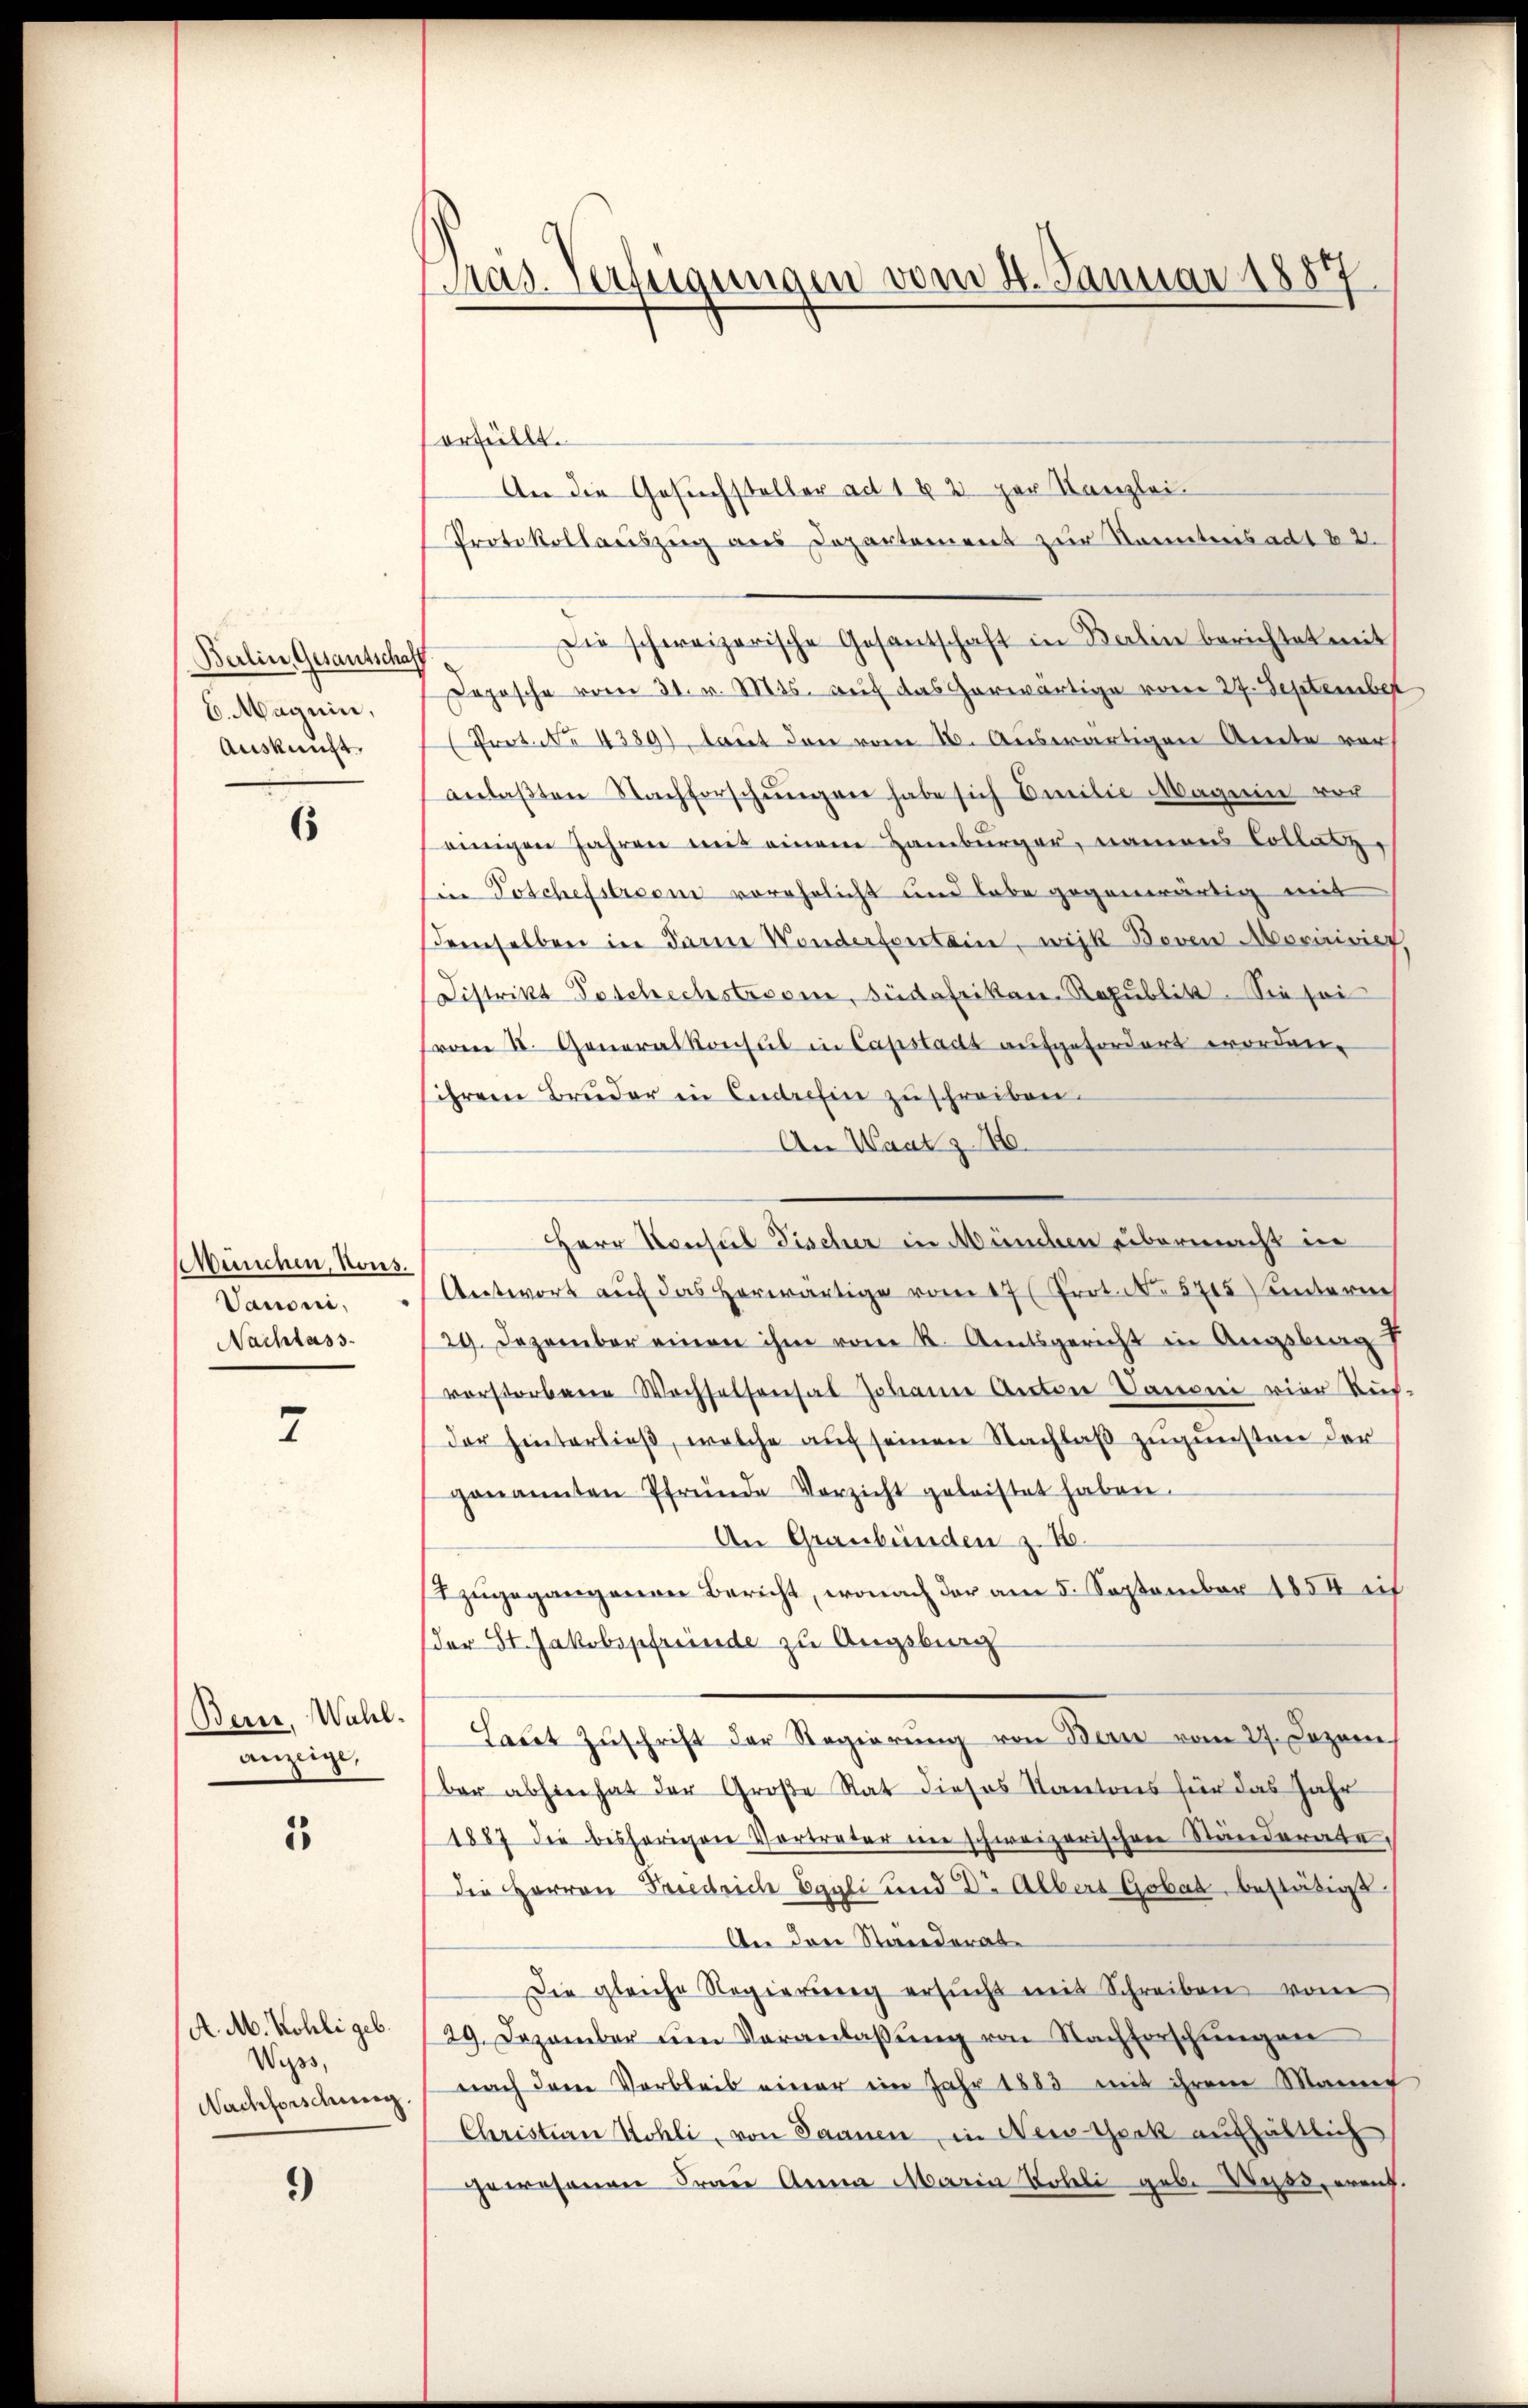
Berlin, Gesantschaf
6. Magnin,
Auskunft

6

München, Nous.
Vanoni,
Nachlass

7

Berne, Wahl.
anzeige,

1

A. M. Kohli geb.
Wipos,
Nachforschung

9)

Pras. Verfügungen vom 4. Januar 1887.

erfüllt.
An die Gesuchsteller alt 1 & 2 par Kanzlei.
Protokollauszug aus Departement zur Sonntens ad 182.
Die schweizerische Gesantschaft in Balin berichtet mit
Dopösche vom 31. v. Mts. auf das Gerwärtige vom 27. September
Prot. No 4389) laut den vom 16. Auswärtigen Amte vor
anlaβten Nachforschŭngen habe sich Emilie Magin vor
einigen Jahren mit einem Hamburger, namens Collatz,
in Poschefstreen verehelicht und habe gegenwärtig mit
demselben in darine Wonderfortain, wisk Boven Moririvier
Distrikt Beschechstrosen, Südafrikan Republik. Sie sei
vom II. Generalkonsul in Capstadt aufgefordert worden.
ihrem Bruder in Cudrefin zuschreiben.
An Waat z. 16.
Herr Konsul Fischer in München übermacht in
Antwort auf das herwärtige vom 17t Prot. N. 5715 unterm
29. Dezember einen ihm vom K. Amtsgericht in Angsberg
vorstorbene Wechselsensal Johanne Anton Sanoni vier Tief-
der hinterließ, welche auf seinen Nachlaß zugunstrer der
genannten Pfründe Verzicht geleistet haben.
An Graubünden z. B.
2zugegangenen Bericht, wonach der am 5. September 1854 i
der St. Jakobspfründe zu Augsburg
Laŭt Zŭschrift der Regierŭng von Bern vom 27. Dezem
ber abhin hat der Große Rat dieses Kantons für das Jahr
1887 die bisherigen Vortreter eine schweizerischen Ständerate,
die Herren Friedrich Eggli und Dr. Albers Gobat, bestätigt
An den Standerate
Die gleiche Regierŭng ersŭcht mit Schreiben von
29. Dezember im Veranlaβŭng von Nachforschŭngen
nach dem Verbleib einer im Jahr 1883 mit ihrem Mannet
Christian Kohli, von Saanen, in New-York aufhältlich
gewesenen Frau Anna Maria Tobeli geb. Wyss, erauf.